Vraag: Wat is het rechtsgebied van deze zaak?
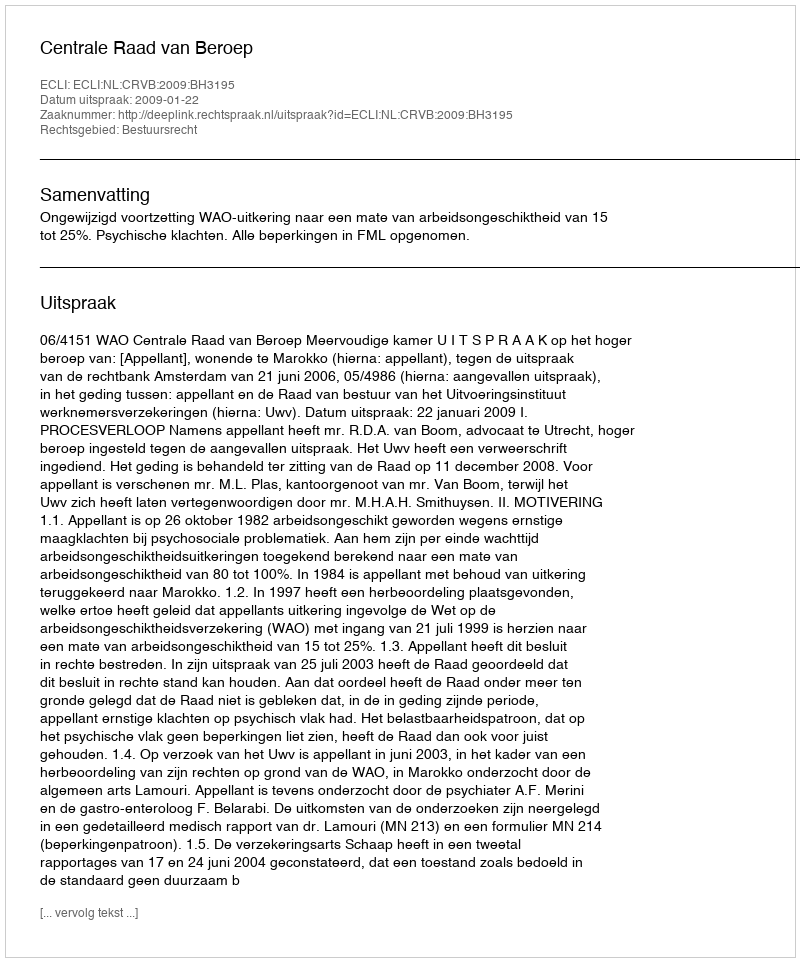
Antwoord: Bestuursrecht